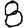
Digit: 8